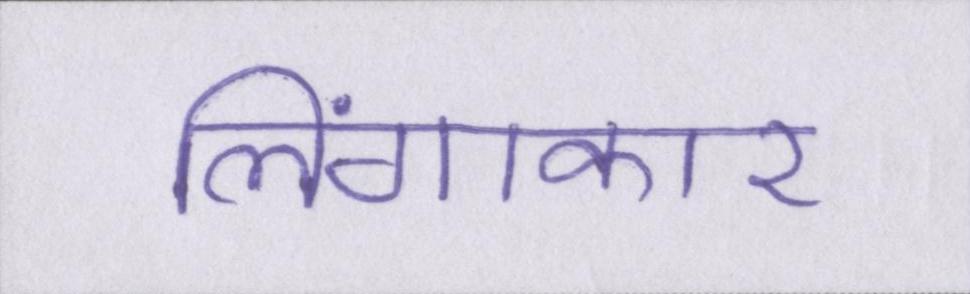
लिंगाकार